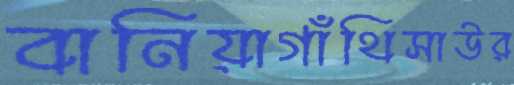
বানিয়াগাঁথিসাউর